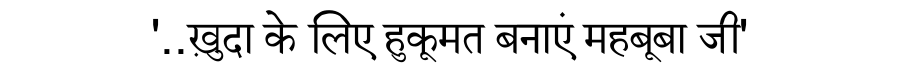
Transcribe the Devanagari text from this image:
'..ख़ुदा के लिए हुकूमत बनाएं महबूबा जी'